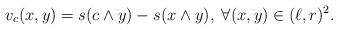
LaTeX: \begin{align*}v_c(x,y)=s(c\wedge y)-s(x\wedge y),\; \forall (x,y)\in (\ell,r)^2.\end{align*}